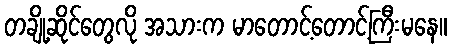
တချို့ဆိုင်တွေလို အသားက မာတောင့်တောင့်ကြီးမနေ။